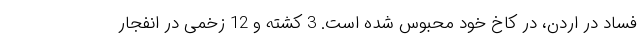
فساد در اردن، در کاخ خود محبوس شده است. 3 کشته و 12 زخمی در انفجار